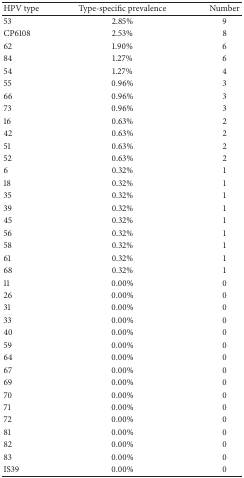
<table><thead><tr><td><b>HPV type</b></td><td><b>Type-specific prevalence</b></td><td><b>Number</b></td></tr></thead><tbody><tr><td>53</td><td>2.85%</td><td>9</td></tr><tr><td>CP6108</td><td>2.53%</td><td>8</td></tr><tr><td>62</td><td>1.90%</td><td>6</td></tr><tr><td>84</td><td>1.27%</td><td>6</td></tr><tr><td>54</td><td>1.27%</td><td>4</td></tr><tr><td>55</td><td>0.96%</td><td>3</td></tr><tr><td>66</td><td>0.96%</td><td>3</td></tr><tr><td>73</td><td>0.96%</td><td>3</td></tr><tr><td>16</td><td>0.63%</td><td>2</td></tr><tr><td>42</td><td>0.63%</td><td>2</td></tr><tr><td>51</td><td>0.63%</td><td>2</td></tr><tr><td>52</td><td>0.63%</td><td>2</td></tr><tr><td>6</td><td>0.32%</td><td>1</td></tr><tr><td>18</td><td>0.32%</td><td>1</td></tr><tr><td>35</td><td>0.32%</td><td>1</td></tr><tr><td>39</td><td>0.32%</td><td>1</td></tr><tr><td>45</td><td>0.32%</td><td>1</td></tr><tr><td>56</td><td>0.32%</td><td>1</td></tr><tr><td>58</td><td>0.32%</td><td>1</td></tr><tr><td>61</td><td>0.32%</td><td>1</td></tr><tr><td>68</td><td>0.32%</td><td>1</td></tr><tr><td>11</td><td>0.00%</td><td>0</td></tr><tr><td>26</td><td>0.00%</td><td>0</td></tr><tr><td>31</td><td>0.00%</td><td>0</td></tr><tr><td>33</td><td>0.00%</td><td>0</td></tr><tr><td>40</td><td>0.00%</td><td>0</td></tr><tr><td>59</td><td>0.00%</td><td>0</td></tr><tr><td>64</td><td>0.00%</td><td>0</td></tr><tr><td>67</td><td>0.00%</td><td>0</td></tr><tr><td>69</td><td>0.00%</td><td>0</td></tr><tr><td>70</td><td>0.00%</td><td>0</td></tr><tr><td>71</td><td>0.00%</td><td>0</td></tr><tr><td>72</td><td>0.00%</td><td>0</td></tr><tr><td>81</td><td>0.00%</td><td>0</td></tr><tr><td>82</td><td>0.00%</td><td>0</td></tr><tr><td>83</td><td>0.00%</td><td>0</td></tr><tr><td>IS39</td><td>0.00%</td><td>0</td></tr></tbody></table>